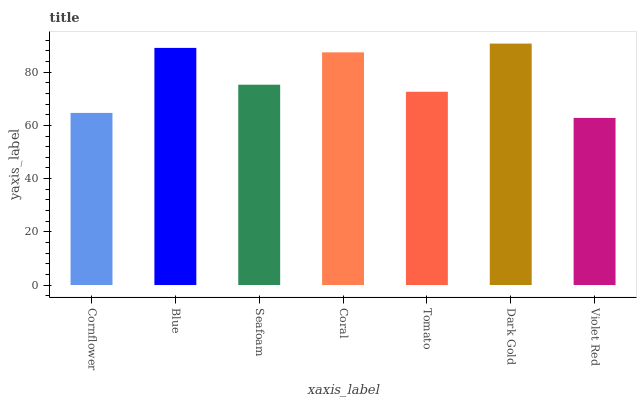
| xaxis_label | bars |
 | --- | --- |
 | Cornflower | 64.7 |
 | Blue | 89.1 |
 | Seafoam | 75.3 |
 | Coral | 87.5 |
 | Tomato | 72.7 |
 | Dark Gold | 90.8 |
 | Violet Red | 62.8 |